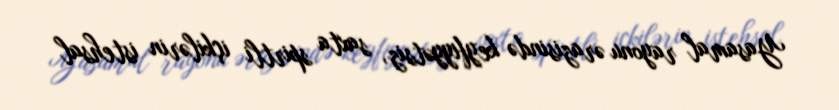
Yasamal rayonu ərazisində keyfiyyətsiz, saxta spirtli içkilərin istehsal